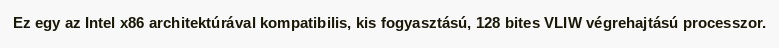
Ez egy az Intel x86 architektúrával kompatibilis, kis fogyasztású, 128 bites VLIW végrehajtású processzor.